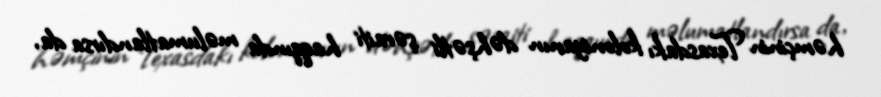
həmçinin Texasdakı koloniyanın dəhşətli şəraiti haqqında məlumatlandırsa da,